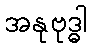
အနုဗုဒ္ဓါ